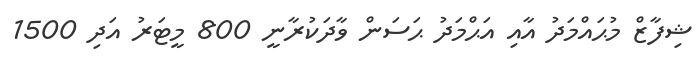
ޝިފާޒް މުޙައްމަދު އާއި އަޙްމަދު ޙަސަން ވާދަކުރާނީ 800 މީޓަރު އަދި 1500